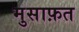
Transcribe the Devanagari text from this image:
मुसाफ़त